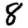
Digit: 8